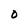
Character: 0